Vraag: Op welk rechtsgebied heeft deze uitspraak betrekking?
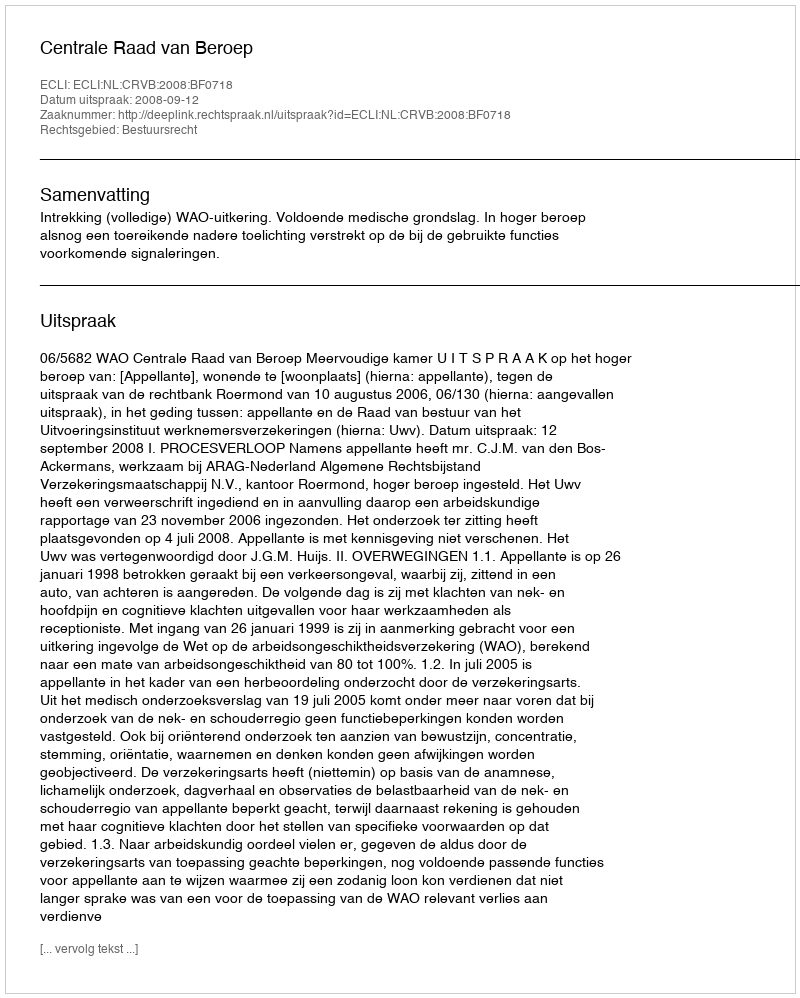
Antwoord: Bestuursrecht